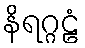
နိရဂ္ဂဠံ